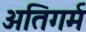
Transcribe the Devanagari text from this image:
अतिगर्म